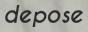
depose